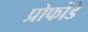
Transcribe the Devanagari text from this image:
प्रोफोंडे